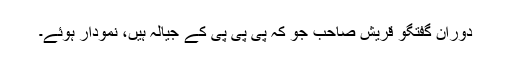
دورانِ گفتگو قریش صاحب جو کہ پی پی پی کے جیالہ ہیں، نمودار ہوئے۔